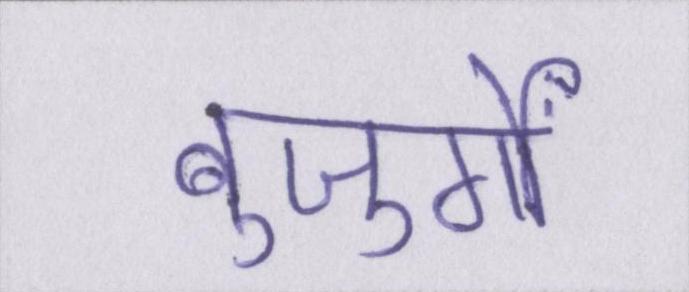
बुजुर्गों